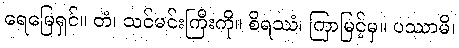
ရေမြေရှင်။ တံ၊ သင်မင်းကြီးကို။ စိရဿံ၊ ကြာမြင့်မှ။ ပဿာမိ၊